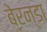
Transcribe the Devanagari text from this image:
बे्रन्डा